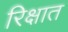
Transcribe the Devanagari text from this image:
रिक्षात